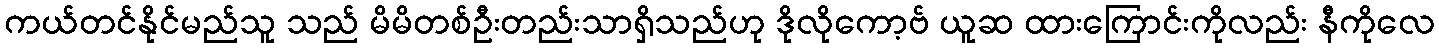
ကယ်တင်နိုင်မည်သူ သည် မိမိတစ်ဦးတည်းသာရှိသည်ဟု ဒိုလိုကော့ဗ် ယူဆ ထားကြောင်းကိုလည်း နီကိုလေ